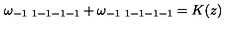
\omega _ { - 1 \ 1 - 1 - 1 - 1 } + \omega _ { - 1 \ 1 - 1 - 1 - 1 } = K ( z )